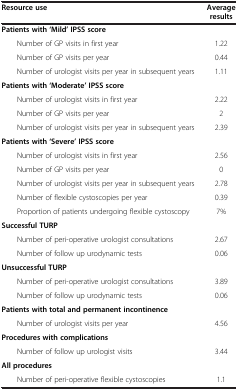
| Resource use | Average results |
 | --- | --- |
 | <COLSPAN=2> Patients with ‘Mild’ IPSS score |
 | Number of GP visits in first year | 1.22 |
 | Number of GP visits per year | 0.44 |
 | Number of urologist visits per year in subsequent years | 1.11 |
 | <COLSPAN=2> Patients with ‘Moderate’ IPSS score |
 | Number of urologist visits in first year | 2.22 |
 | Number of GP visits per year | 2 |
 | Number of urologist visits per year in subsequent years | 2.39 |
 | <COLSPAN=2> Patients with ‘Severe’ IPSS score |
 | Number of urologist visits in first year | 2.56 |
 | Number of GP visits per year | 0 |
 | Number of urologist visits per year in subsequent years | 2.78 |
 | Number of flexible cystoscopies per year | 0.39 |
 | Proportion of patients undergoing flexible cystoscopy | 7% |
 | <COLSPAN=2> Successful TURP |
 | Number of peri-operative urologist consultations | 2.67 |
 | Number of follow up urodynamic tests | 0.06 |
 | <COLSPAN=2> Unsuccessful TURP |
 | Number of peri-operative urologist consultations | 3.89 |
 | Number of follow up urodynamic tests | 0.06 |
 | <COLSPAN=2> Patients with total and permanent incontinence |
 | Number of urologist visits per year | 4.56 |
 | <COLSPAN=2> Procedures with complications |
 | Number of follow up urologist visits | 3.44 |
 | <COLSPAN=2> All procedures |
 | Number of peri-operative flexible cystoscopies | 1.1 |